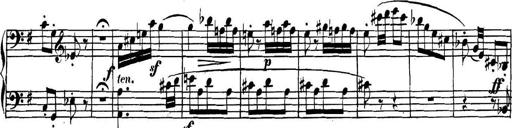
Title: Collected Piano Sonatas
Composer: Muzio Clementi